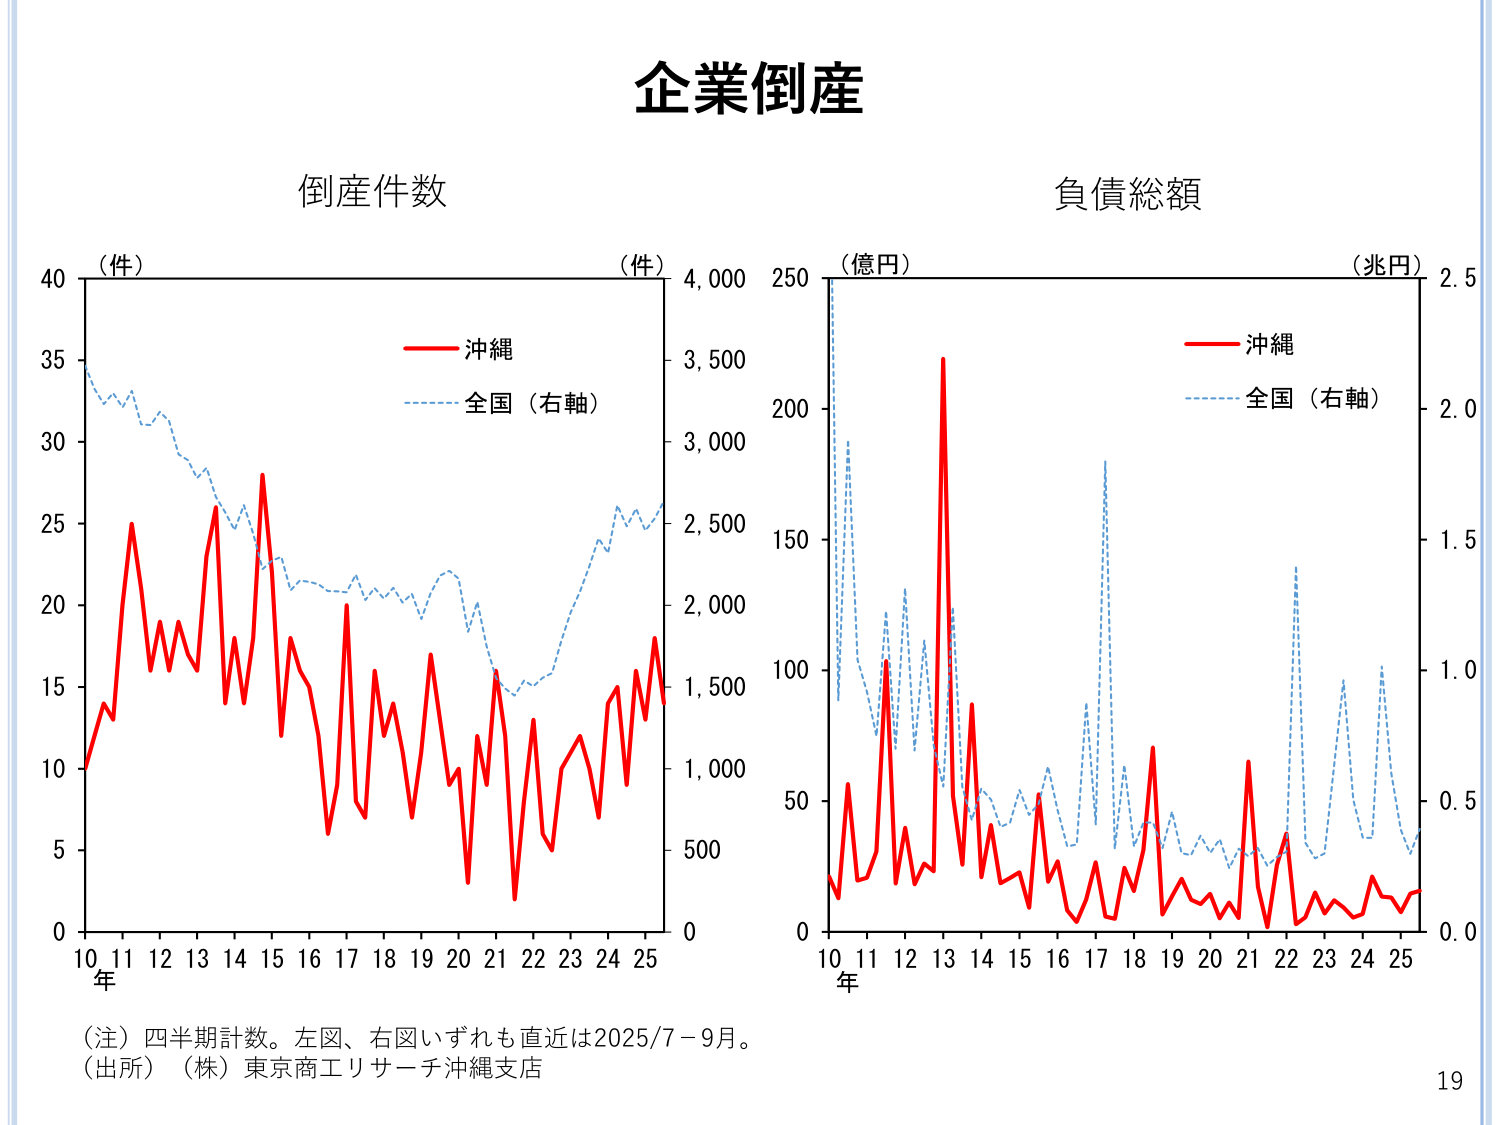
企業倒産

倒産件数
（件）
40
35
30
25
20
15
10
5
0
10 11 12 13 14 15 16 17 18 19 20 21 22 23 24 25
年
沖縄
全国（右軸）
（件）
4,000
3,500
3,000
2,500
2,000
1,500
1,000
500
0

負債総額
（億円）
250
200
150
100
50
0
10 11 12 13 14 15 16 17 18 19 20 21 22 23 24 25
年
沖縄
全国（右軸）
（兆円）
2.5
2.0
1.5
1.0
0.5
0.0

（注）四半期計数。左図、右図いずれも直近は2025/7－9月。
（出所）（株）東京商工リサーチ沖縄支店

19